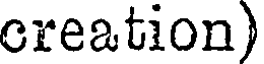
creation)